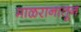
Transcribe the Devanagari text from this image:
माळरानातून